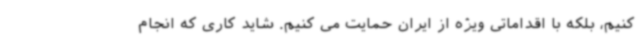
کنیم، بلکه با اقداماتی ویژه از ایران حمایت می کنیم. شاید کاری که انجام